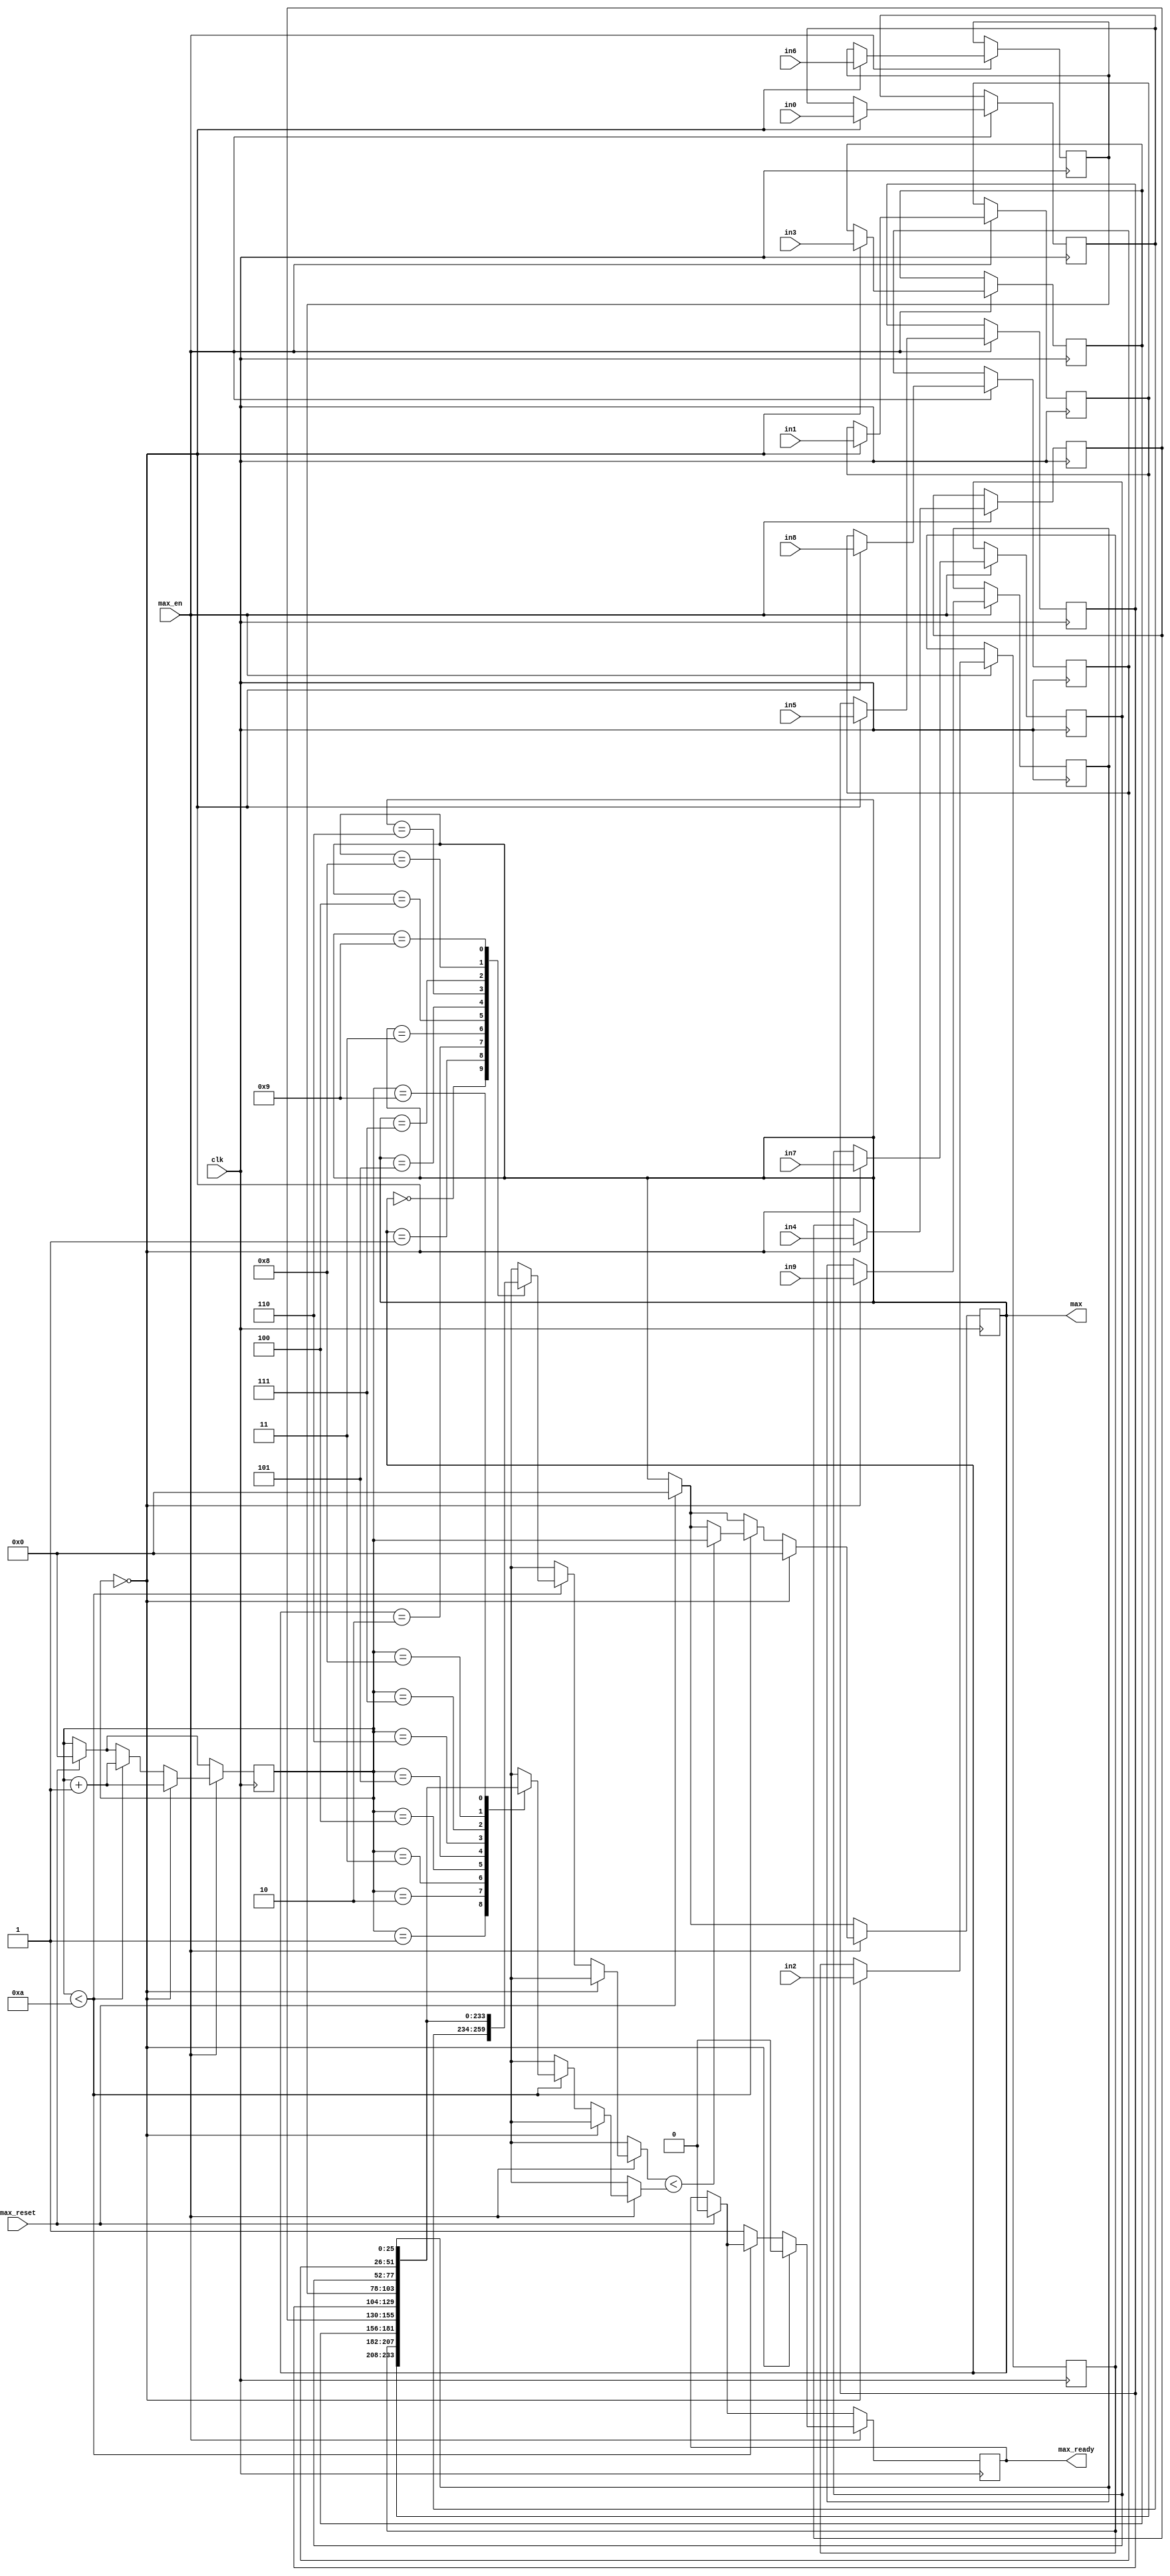
module MaxSelect (clk, in0, in1, in2, in3, in4, in5, in6, in7, in8, in9, max_en, max_reset, max, max_ready);
    // I/O
    input [25:0] in0, in1, in2, in3, in4, in5, in6, in7, in8, in9;
    input clk, max_en, max_reset;
    output reg [3:0] max; // index of max
    output reg max_ready;

    // internal reg
    reg [25:0] in [0:9];
    reg [3:0] count; // counter

    // find max when ready
    always @ (posedge clk) begin
        // reset
        if (max_reset) begin
            max <= 0;
            max_ready <= 0;
            count <= 0;
        end
        if (max_en) begin
            if (count == 0) begin // latch inputs and reset
                in[0] <= in0;
                in[1] <= in1;
                in[2] <= in2;
                in[3] <= in3;
                in[4] <= in4;
                in[5] <= in5;
                in[6] <= in6;
                in[7] <= in7;
                in[8] <= in8;
                in[9] <= in9;
                max <= 0;
                max_ready <= 0;
                count <= count + 1;
            end
            else if (count < 10) begin // compare
                if ($signed(in[max]) < $signed(in[count])) begin
                    max <= count;
                end
                count <= count + 1;
            end 
            else begin // max is ready
                max_ready <= 1;
            end
        end
    end   

endmodule